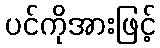
ပင်ကိုအားဖြင့်